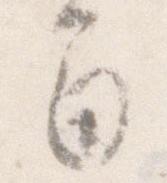
間